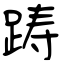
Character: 踌